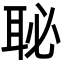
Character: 䎵